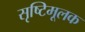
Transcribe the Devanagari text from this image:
सृष्टिमूलक